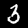
Digit: 3